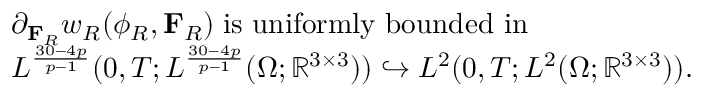
\begin{array} { r l } & { \partial _ { \mathbf { F } _ { R } } w _ { R } ( \phi _ { R } , \mathbf { F } _ { R } ) \; \mathrm { i s ~ u n i f o r m l y ~ b o u n d e d ~ i n } \; } \\ & { L ^ { \frac { 3 0 - 4 p } { p - 1 } } ( 0 , T ; L ^ { \frac { 3 0 - 4 p } { p - 1 } } ( \Omega ; \mathbb { R } ^ { 3 \times 3 } ) ) \hookrightarrow L ^ { 2 } ( 0 , T ; L ^ { 2 } ( \Omega ; \mathbb { R } ^ { 3 \times 3 } ) ) . } \end{array}